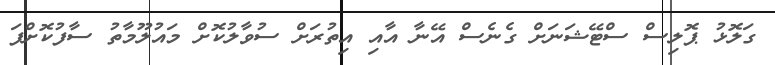
ގަލޮޅު ޕޮލިސް ސްޓޭޝަނަށް ގެނެސް އޭނާ އާއި އިތުރަށް ސުވާލުކޮށް މައުލޫމާތު ސާފުކޮށްފަ